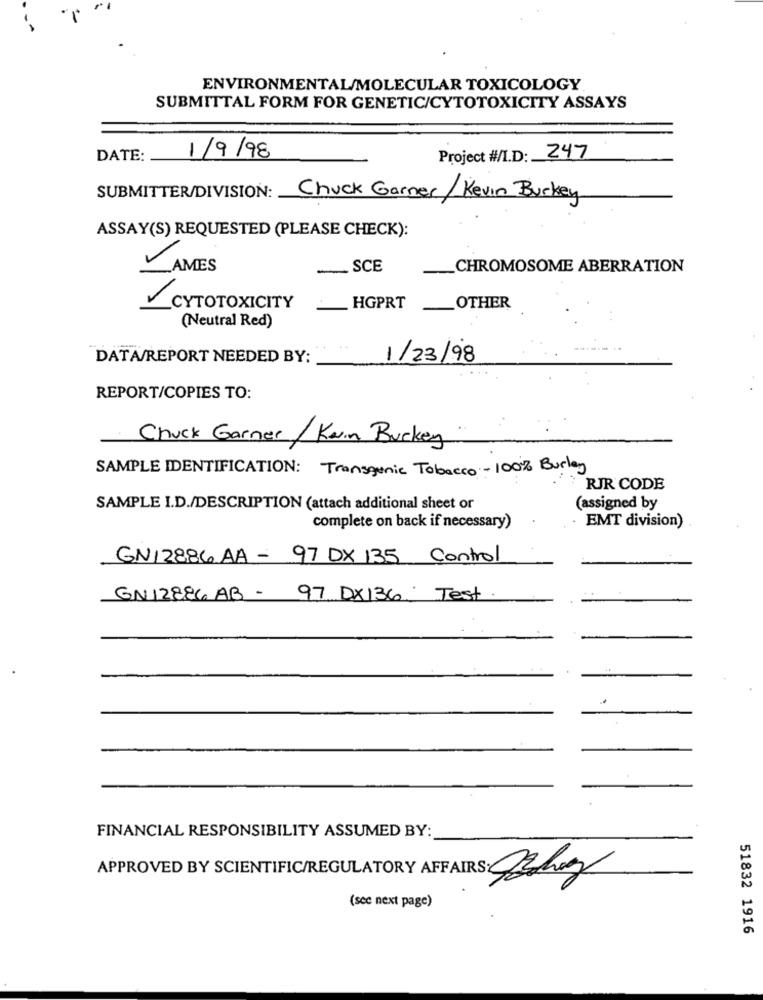
ENVIRONMENTAL/MOLECULAR TOXICOLOGY
SUBMITTAL FORM FOR GENETIC/CYTOTOXICITY ASSAYS
DATE:
1/9/98
Project #/I.D: 247
SUBMITTER/DIVISION: Chuck Garner/Kevin Burkey
ASSAY(S) REQUESTED (PLEASE CHECK):
/
_AMES
SCE
_CHROMOSOME ABERRATION
CYTOTOXICITY
HGPRT
__ OTHER
(Neutral Red)
DATA/REPORT NEEDED BY:
1/23/98
REPORT/COPIES TO:
Chuck Garner/ Kan Buckey
SAMPLE IDENTIFICATION: Transgenic Tobacco- 100% Burley
RIR CODE
SAMPLE I.D./DESCRIPTION (attach additional sheet or
(assigned by
EMT division)
complete on back if necessary)
GN12886 AA - 97 DX 135 Control
GN12886 AB - 97 DX136 Test
FINANCIAL RESPONSIBILITY ASSUMED BY:
APPROVED BY SCIENTIFIC/REGULATORY AFFAIRS: CZhay
(scc next page)
51832 1916